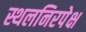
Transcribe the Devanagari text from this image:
स्थलनिरपेक्ष